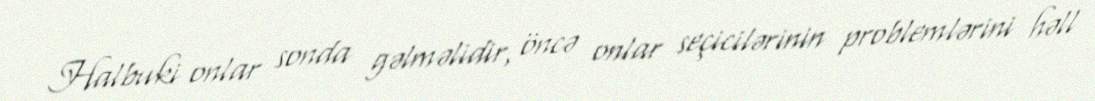
Halbuki onlar sonda gəlməlidir, öncə onlar seçicilərinin problemlərini həll